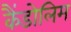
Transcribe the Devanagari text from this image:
कैंडोलिम